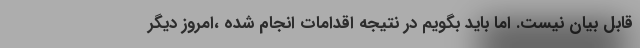
قابل بیان نیست. اما باید بگویم در نتیجه اقدامات انجام شده ،امروز دیگر